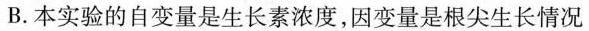
B.本实验的自变量是生长素浓度，因变量是根尖生长情况